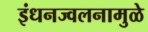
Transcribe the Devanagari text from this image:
इंधनज्वलनामुळे